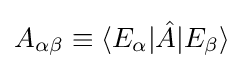
A_{\alpha \beta }\equiv \langle E_{\alpha }|{\hat {A}}|E_{\beta }\rangle